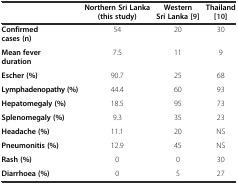
|  | Northern Sri Lanka (this study) | Western Sri Lanka[9] | Thailand[10] |
 | --- | --- | --- | --- |
 | Confirmed cases (n) | 54 | 20 | 30 |
 | Mean fever duration | 7.5 | 11 | 9 |
 | Escher (%) | 90.7 | 25 | 68 |
 | Lymphadenopathy (%) | 44.4 | 60 | 93 |
 | Hepatomegaly (%) | 18.5 | 95 | 73 |
 | Splenomegaly (%) | 9.3 | 35 | 23 |
 | Headache (%) | 11.1 | 20 | NS |
 | Pneumonitis (%) | 12.9 | 45 | NS |
 | Rash (%) | 0 | 0 | 30 |
 | Diarrhoea (%) | 0 | 5 | 27 |